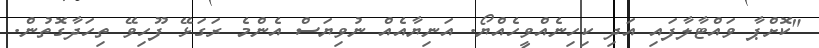
"ކޮށްޕާ ވައްޓާލާފައި އަދި ކިހިނެއްވީހެއްޔޯ. އަނިޔާއެއް ނުވިޔަސް އެންމެ ރަގަޅޭ ފޫހިވޭ ތިހަދާގޮތުން.